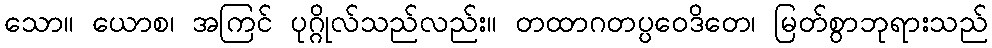
သော။ ယောစ၊ အကြင် ပုဂ္ဂိုလ်သည်လည်း။ တထာဂတပ္ပဝေဒိတေ၊ မြတ်စွာဘုရားသည်